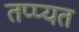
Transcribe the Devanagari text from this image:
तप्प्यत